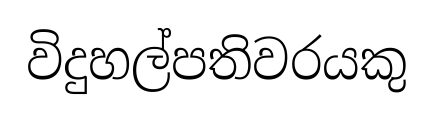
විදුහල්පතිවරයකු